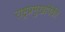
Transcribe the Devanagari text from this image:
राष्ट्रप्रमुखांपैकी